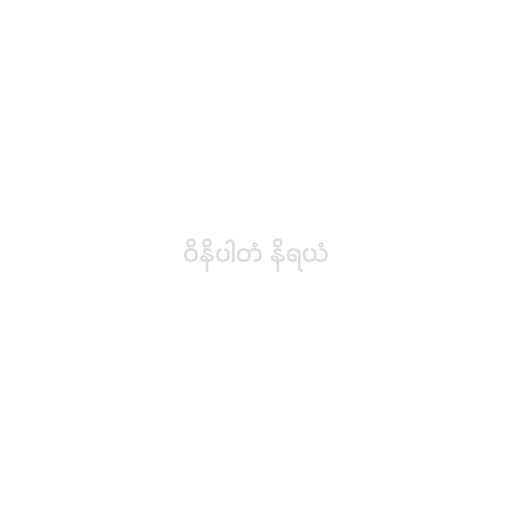
ဝိနိပါတံ နိရယံ